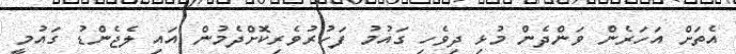
އެތަށް އަހަރެން ވަންދެން މުޅި ދިވެހި ގައުމު ފަހުރުވެރިކޮށްދެމުން އައި ލެޖެންޑު ގައުމީ